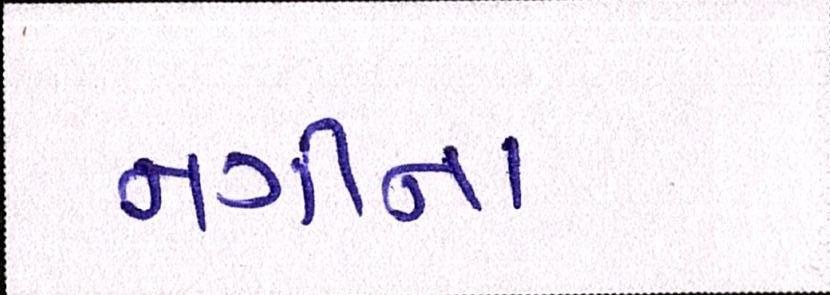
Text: નગીના